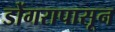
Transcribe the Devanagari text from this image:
डोंगरापासून